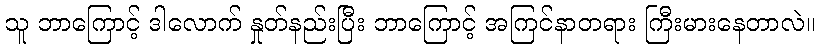
သူ ဘာကြောင့် ဒါလောက် နှုတ်နည်းပြီး ဘာကြောင့် အကြင်နာတရား ကြီးမားနေတာလဲ။